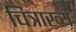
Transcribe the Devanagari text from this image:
चित्राख्य